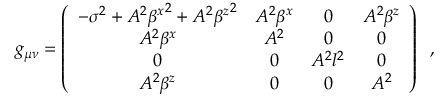
g _ { \mu \nu } = \left( \begin{array} { c c c c } { { - { \sigma } ^ { 2 } + A ^ { 2 } { \beta ^ { x } } ^ { 2 } + A ^ { 2 } { \beta ^ { z } } ^ { 2 } } } & { { A ^ { 2 } \beta ^ { x } } } & { { 0 } } & { { A ^ { 2 } \beta ^ { z } } } \\ { { A ^ { 2 } \beta ^ { x } } } & { { A ^ { 2 } } } & { { 0 } } & { { 0 } } \\ { { 0 } } & { { 0 } } & { { A ^ { 2 } l ^ { 2 } } } & { { 0 } } \\ { { A ^ { 2 } \beta ^ { z } } } & { { 0 } } & { { 0 } } & { { A ^ { 2 } } } \end{array} \right) \; \; ,